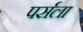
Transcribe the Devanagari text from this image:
पर्सला